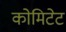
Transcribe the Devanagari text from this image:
कोमिटेट